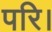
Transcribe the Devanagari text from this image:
परि।